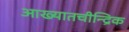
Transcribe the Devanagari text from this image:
आख्यातचीन्द्रिक